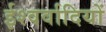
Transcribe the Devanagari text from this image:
ईश्वर्वादियों